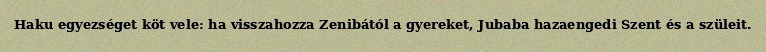
Haku egyezséget köt vele: ha visszahozza Zenibától a gyereket, Jubaba hazaengedi Szent és a szüleit.